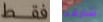
فقط شارفنا